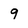
Character: 9